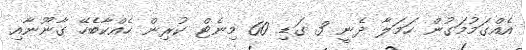
އެއްގަމުމަގުން ހަމަލާ ދެނީ 3 ގަޑި 60 މިނެޓް ކުރިން ހެއްކާބެހޭ ގާނޫނާއި